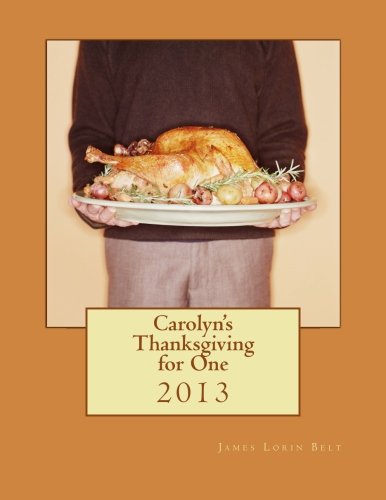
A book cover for Carolyn's Thanksgiving for One; James Lorin Belt; Cookbooks, Food & Wine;